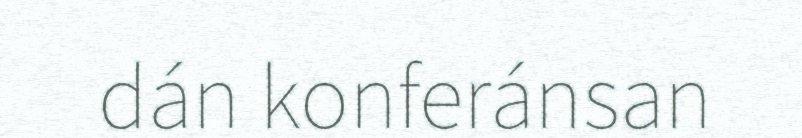
dán konferánsan